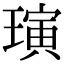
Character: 璌